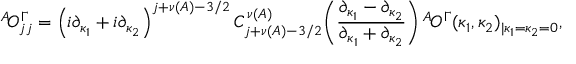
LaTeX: { ^ A \! { \cal O } _ { j j } ^ { \Gamma } } = \left( i \partial _ { \kappa _ { 1 } } + i \partial _ { \kappa _ { 2 } } \right) ^ { j + \nu ( A ) - 3 / 2 } C _ { j + \nu ( A ) - 3 / 2 } ^ { \nu ( A ) } \! \left( \frac { \partial _ { \kappa _ { 1 } } - \partial _ { \kappa _ { 2 } } } { \partial _ { \kappa _ { 1 } } + \partial _ { \kappa _ { 2 } } } \right) { ^ A \! { \cal O } ^ { \Gamma } } ( \kappa _ { 1 } , \kappa _ { 2 } ) _ { | \kappa _ { 1 } = \kappa _ { 2 } = 0 } ,